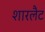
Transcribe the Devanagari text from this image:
शारलैट